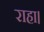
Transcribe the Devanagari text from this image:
राहा।